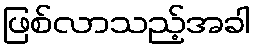
ဖြစ်လာသည့်အခါ